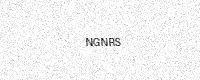
Text: NGNRS